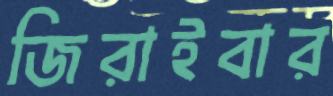
জিরাইবার